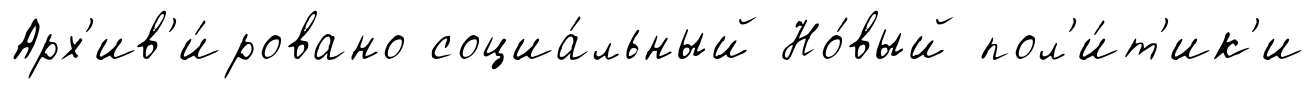
Арх'ив'и́ровано социа́льный Но́вый пол'и́т'ик'и